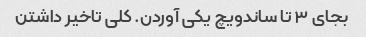
بجای ۳ تا ساندویچ یکی آوردن. کلی تاخیر داشتن